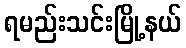
ရမည်းသင်းမြို့နယ်